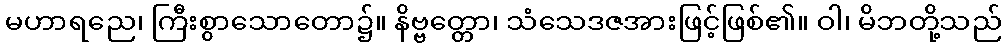
မဟာရညေ၊ ကြီးစွာသောတော၌။ နိဗ္ဗတ္တော၊ သံသေဒဇအားဖြင့်ဖြစ်၏။ ဝါ၊ မိဘတို့သည်